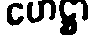
ဟေဋ္ဌာ